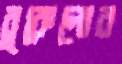
বুকেলোর